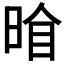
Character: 𭦍